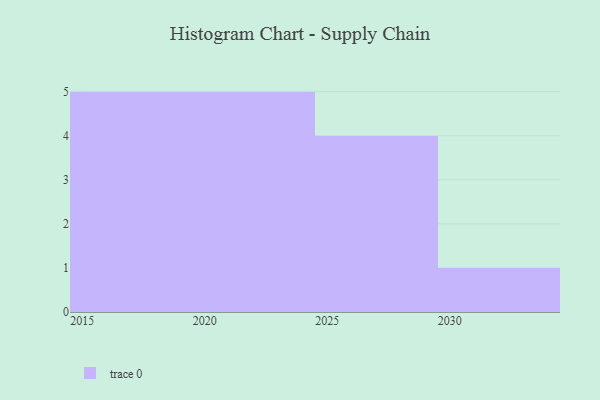
{"axis": {"x": "Year", "y": "Net Income (USD K)"}, "legend": [""], "data": [{"x": "2026", "y": 69, "type": ""}, {"x": "2015", "y": 2, "type": ""}, {"x": "2025", "y": 73, "type": ""}, {"x": "2024", "y": 42, "type": ""}, {"x": "2016", "y": 61, "type": ""}, {"x": "2017", "y": 38, "type": ""}, {"x": "2030", "y": 41, "type": ""}, {"x": "2023", "y": 93, "type": ""}, {"x": "2018", "y": 71, "type": ""}, {"x": "2022", "y": 18, "type": ""}, {"x": "2019", "y": 17, "type": ""}, {"x": "2028", "y": 98, "type": ""}, {"x": "2021", "y": 32, "type": ""}, {"x": "2020", "y": 28, "type": ""}, {"x": "2027", "y": 23, "type": ""}]}